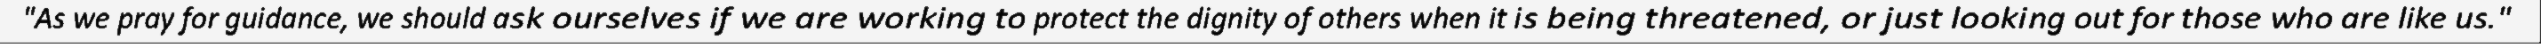
"As we pray for guidance, we should ask ourselves if we are working to protect the dignity of others when it is being threatened, or just looking out for those who are like us."